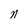
Character: n